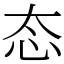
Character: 态